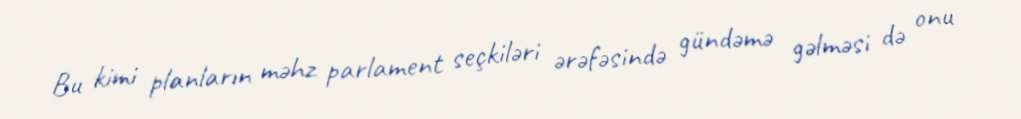
Bu kimi planların məhz parlament seçkiləri ərəfəsində gündəmə gəlməsi də onu